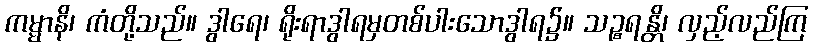
ကမ္မာနိ၊ ကံတို့သည်။ ဒွါရေ၊ ရိုးရာဒွါရမှတစ်ပါးသောဒွါရ၌။ သဉ္စရန္တိ၊ လှည့်လည်ကြ